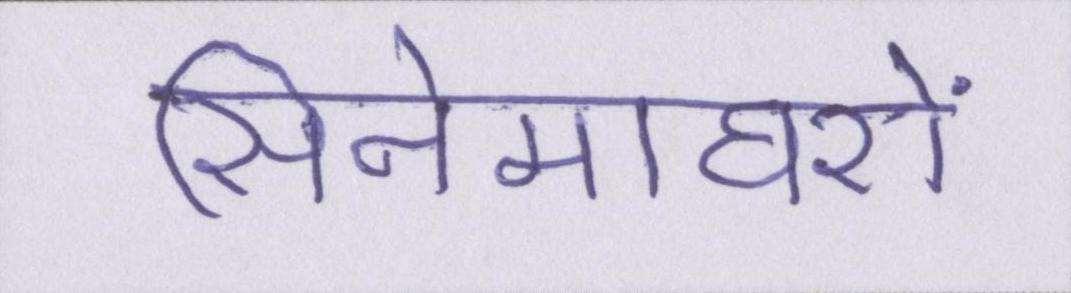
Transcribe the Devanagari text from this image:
सिनेमाघरों